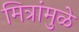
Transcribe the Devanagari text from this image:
मित्रांमुळे